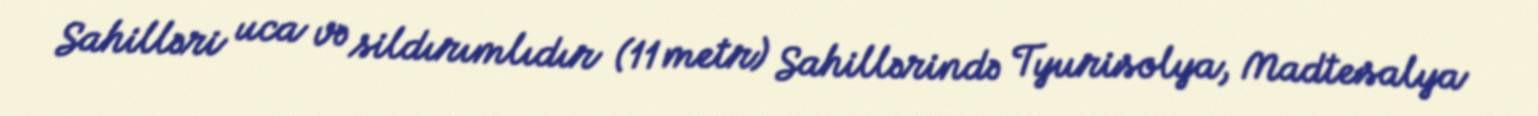
Sahilləri uca və sildırımlıdır (11 metr) Sahillərində Tyurisolya, Madtesalya